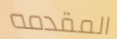
المقدمه